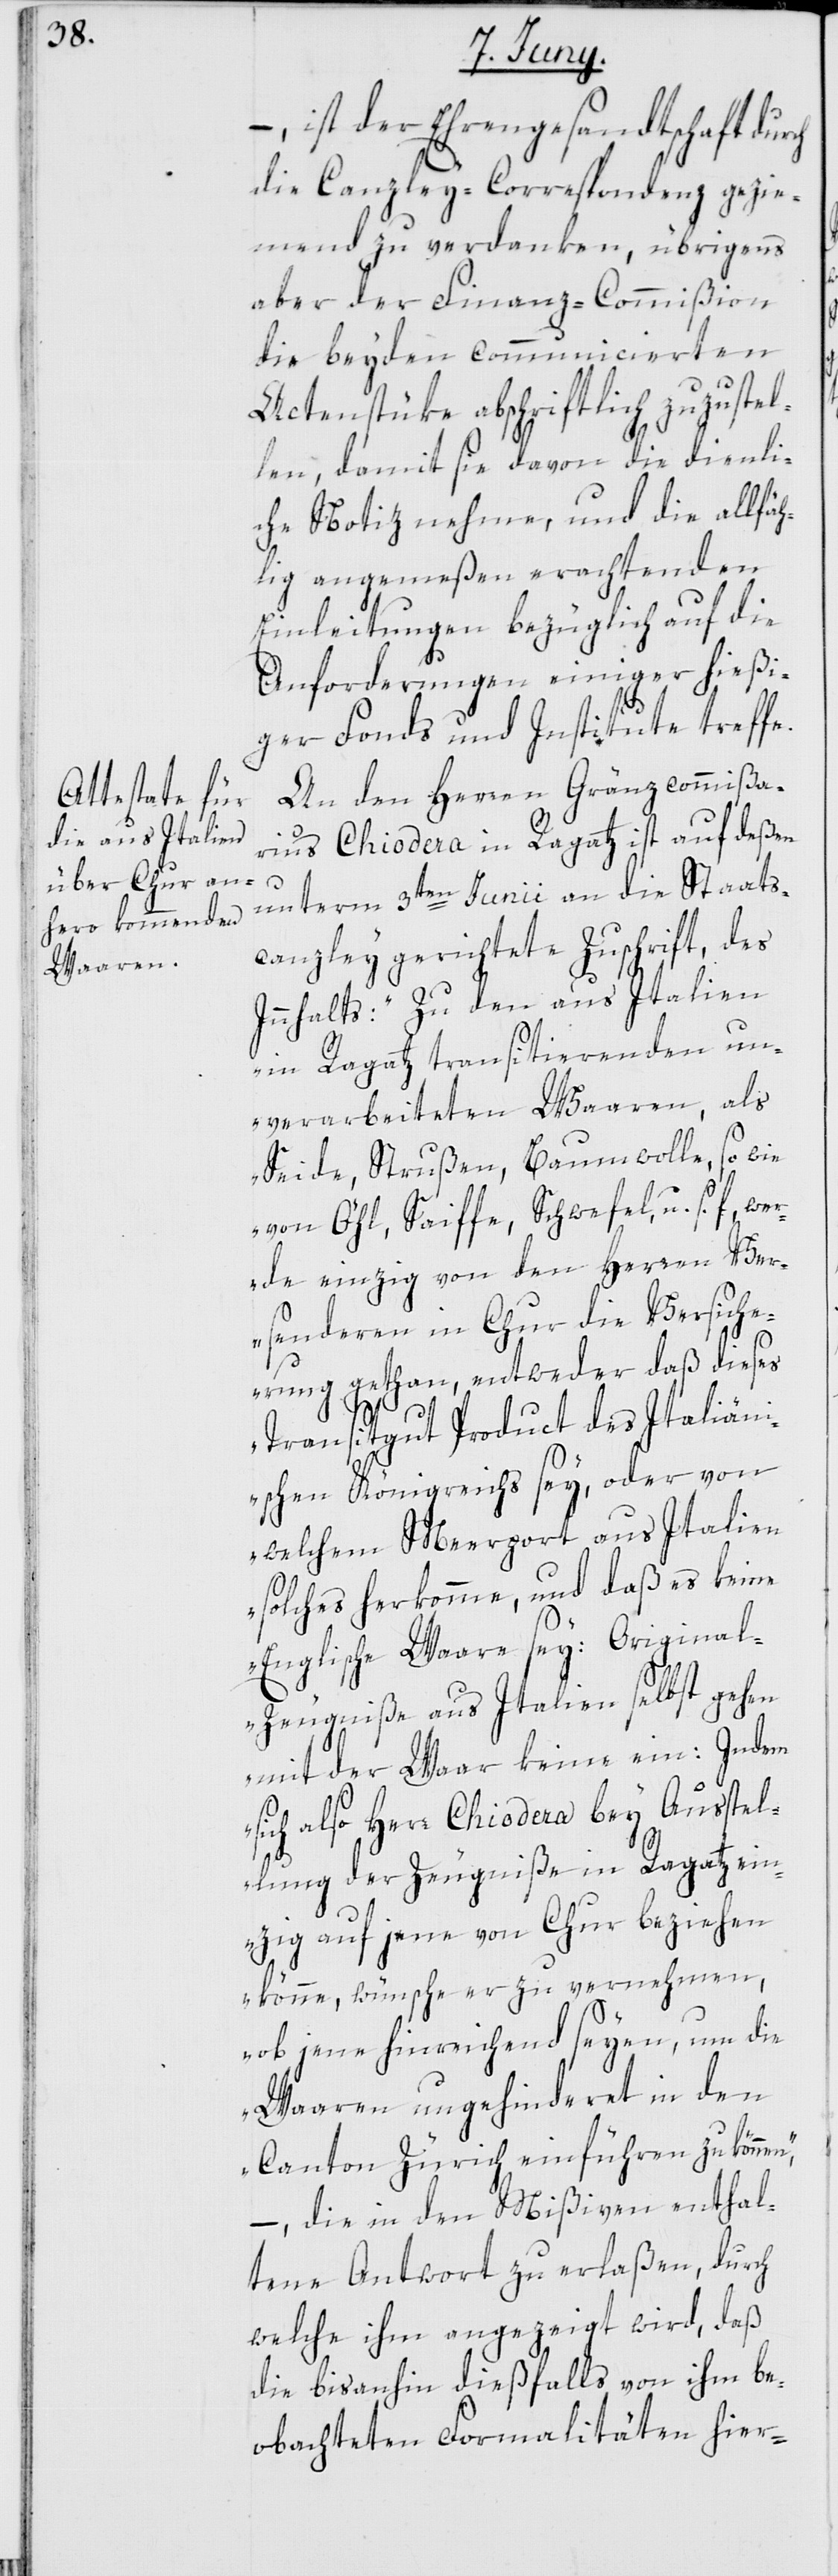
– ist der Ehrengesandtschaft du¬
die Canzley-Correspondenz gezie¬
mend zu verdanken, übrigens
aber der Finanz-Commißion
die beyden communicierten
Actenstüke abschriftlich zuzustel¬
len, damit sie davon die dienli¬
che Notiz nehme, und die allfä¬
hlig angemeßen erachtenden
Einleitungen bezüglich auf die
Anforderungen einiger hießi¬
rch
ger Fonds und Institute treffe.
An den Herren Gränzcommißa¬
rius Chiodera in Ragatz ist auf deßen
unterm 3ten Junii an die Staats¬
canzley gerichtete Zuschrift, des
Innhalts: „Zu den aus Italien
in Ragatz transitierenden un¬
verarbeiteten Waaren, als
Seide, Strußen, Baumwolle, so wie
von Öhl, Saiffe, Schwefel, u. s.
werde einzig von den Herren Ver¬
senderen in Chur die Versiche¬
rung gethan, entweder daß dieses
Transitgut Product des Italiän¬
ischen Königreichs sey, oder von
welchem Meerport aus Italien
solches herkomme, und daß es keine
Englische Waare sey: Origina¬
l-Zeugniße aus Italien selbst gehen
mit der Waar keine ein: Indem
sich also Herr Chiodera bey Ausstel¬
lung der Zeugniße in Ragatz ein¬
zig auf jene von Chur beziehen
könne, wünsche er zu vernehmen,
ob jene hinreichend seyen, um die
Waaren ungehinderet in den
Canton Zürich einführen zu könne¬
n“, – die in den Mißiven enthal¬
tene Antwort zu erlaßen, durch
welche ihm angezeigt wird, daß
die bisanhin dießfalls von ihm be¬
obachteten Formalitäten hier-